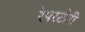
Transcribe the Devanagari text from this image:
रेपरटोरी